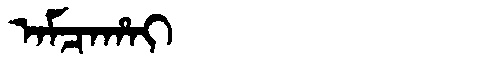
Manchu: ᠠᠮᠴᠠᡥᠠᡳ
Romanization: AMCAHAI